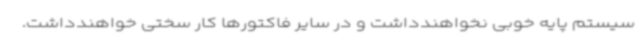
سیستم پایه خوبی نخواهندداشت و در سایر فاکتورها کار سختی خواهندداشت.